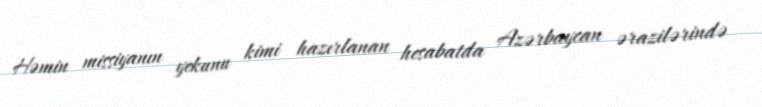
Həmin missiyanın yekunu kimi hazırlanan hesabatda Azərbaycan ərazilərində